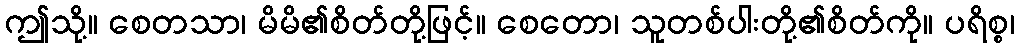
ဤသို့။ စေတသာ၊ မိမိ၏စိတ်တို့ဖြင့်။ စေတော၊ သူတစ်ပါးတို့၏စိတ်ကို။ ပရိစ္စ၊